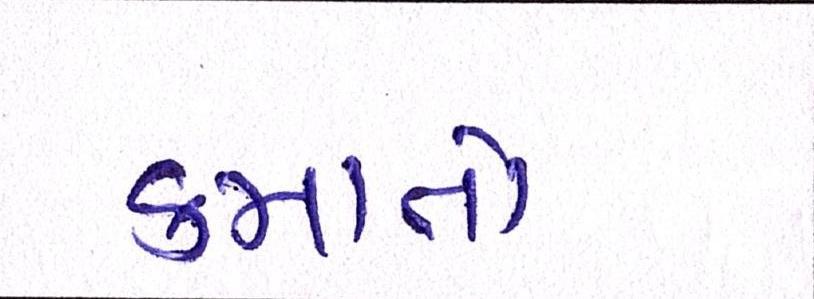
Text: કમાતો